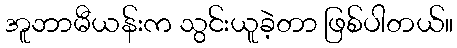
အူဘာမီယန်းက သွင်းယူခဲ့တာ ဖြစ်ပါတယ်။